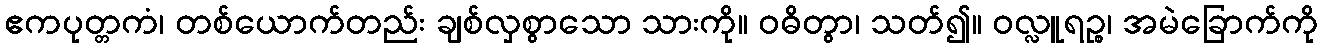
ဧကပုတ္တကံ၊ တစ်ယောက်တည်း ချစ်လှစွာသော သားကို။ ဝဓိတွာ၊ သတ်၍။ ဝလ္လူရဉ္စ၊ အမဲခြောက်ကို